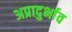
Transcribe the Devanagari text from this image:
अप्रादुर्भाव